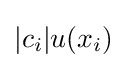
|c_{i}|u(x_{i})